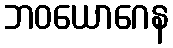
ဘဝယောဂေန